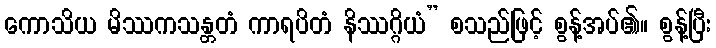
ကောသိယ မိဿကသန္တတံ ကာရပိတံ နိဿဂ္ဂိယံ” စသည်ဖြင့် စွန့်အပ်၏။ စွန့်ပြီး